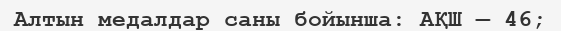
Алтын медалдар саны бойынша: АҚШ — 46;